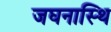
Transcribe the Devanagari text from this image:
जघनास्थि